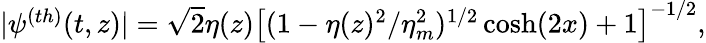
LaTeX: \begin{array}{r}{|\psi^{(th)}(t,z)|=\sqrt{2}\eta(z)\left[(1-\eta(z)^{2}/\eta_{m}^{2})^{1/2}\cosh(2x)+1\right]^{-1/2},}\end{array}